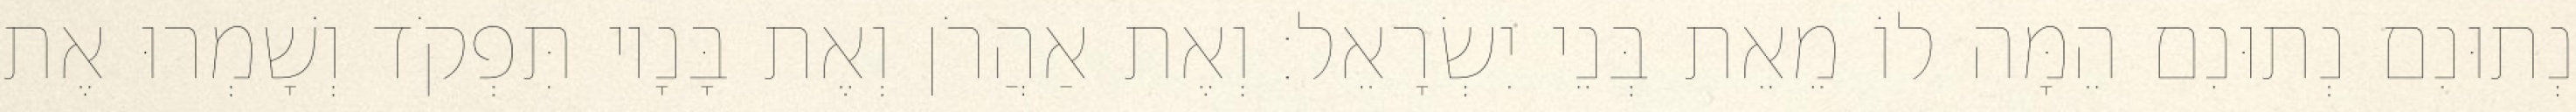
נְתוּנִם נְתוּנִם הֵמָּה לוֹ מֵאֵת בְּנֵי יִשְׂרָאֵל׃ וְאֶת אַהֲרֹן וְאֶת בָּנָיו תִּפְקֹד וְשָׁמְרוּ אֶת